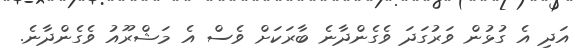
އަދި އެ ގުޅުން ވަރުގަދަ ވެގެންދާނެ ބާރަކަށް ވެސް އެ މަޝްރޫއު ވެގެންދާނެ.